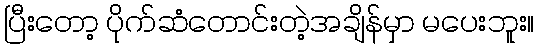
ပြီးတော့ ပိုက်ဆံတောင်းတဲ့အချိန်မှာ မပေးဘူး။